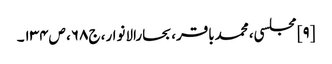
[۹] مجلسی، محمدباقر، بحارالانوار، ج۶۸، ص۱۳۴۔